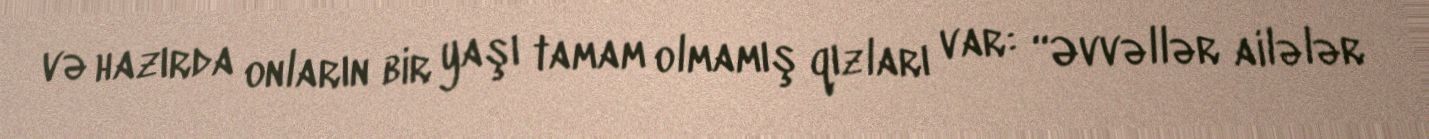
və hazırda onların bir yaşı tamam olmamış qızları var: “Əvvəllər ailələr